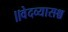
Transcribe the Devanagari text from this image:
॥वेदव्यासश्च